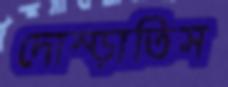
দোম্‌ড়াতিস